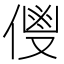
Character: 𬿌